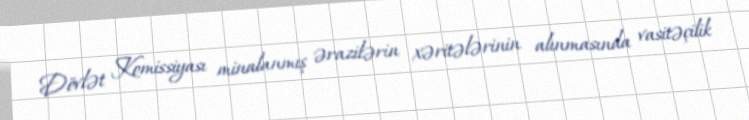
Dövlət Komissiyası minalanmış ərazilərin xəritələrinin alınmasında vasitəçilik